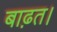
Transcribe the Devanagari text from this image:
बाढ़त।